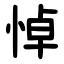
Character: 悼